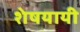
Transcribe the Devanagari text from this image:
शेषयायी